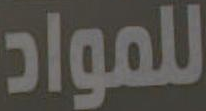
للمواد